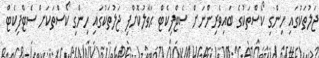
ޖަލުތަކުގައި ހިންގި ކޯސްތަކުގެ ބައިވެރިންނަށް ސެޓްފިކެޓް ޙަވާލުކޮށްފި ޖަލުތަކުގައި ހިންގި ކޯސްތަކަށް ސެޓްފިކެޓް